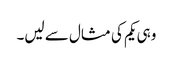
وہی یکم کی مثال سے لیں۔